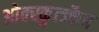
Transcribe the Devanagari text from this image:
ओक्स्कुत्ज्कैब